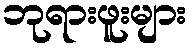
ဘုရားဖူးများ